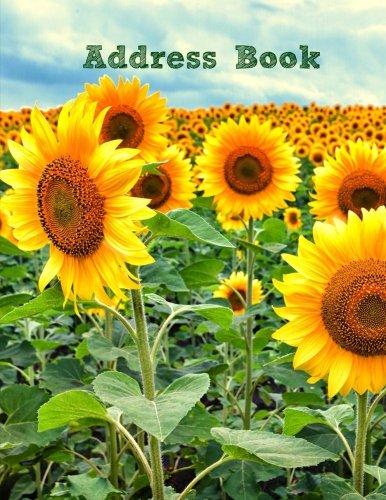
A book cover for Address Book (Extra Large Address Books-Summer Series) (Volume 75); Creative Planners; Business & Money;